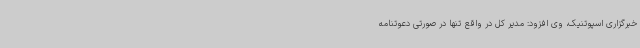
خبرگزاری اسپوتنیک، وی افزود: مدیر کل در واقع تنها در صورتی دعوتنامه